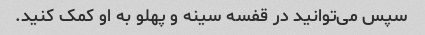
سپس می‌توانید در قفسه سینه و پهلو به او کمک کنید.